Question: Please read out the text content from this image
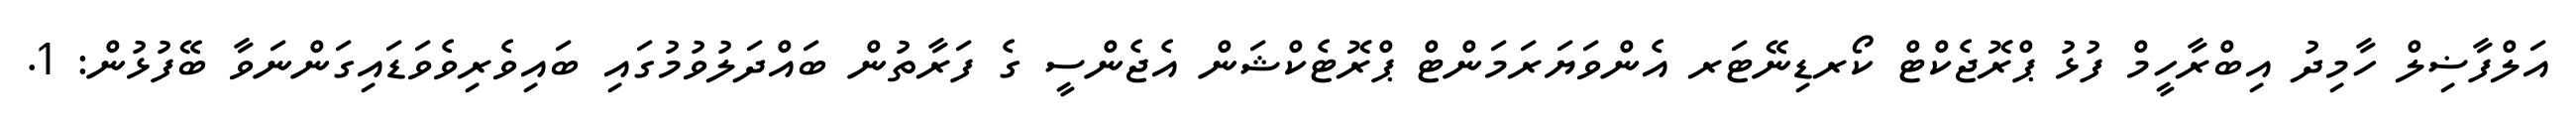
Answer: އަލްފާޟިލް ހާމިދު އިބްރާހީމް ފުޅު ޕްރޮޖެކްޓް ކޯރޑިނޭޓަރ އެންވަޔަރަމަންޓް ޕްރޮޓެކްޝަން އެޖެންސީ ގެ ފަރާތުން ބައްދަލުވުމުގައި ބައިވެރިވެވަޑައިގަންނަވާ ބޭފުޅުން: 1.